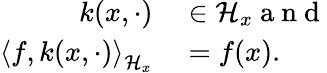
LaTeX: \begin{array}{rl}{k(x,\cdot)}&{{}\in\mathcal{H}_{x}\mathrm{~a~n~d~}}\\ {\left\langle f,k(x,\cdot)\right\rangle_{\mathcal{H}_{x}}}&{{}=f(x).}\end{array}